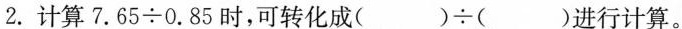
2.计算7.65÷0.85时，可转化成()÷( )进行计算。